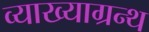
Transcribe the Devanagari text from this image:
व्याख्याग्रन्थ